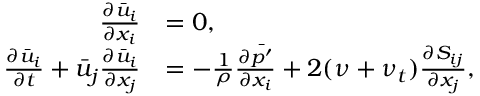
\begin{array} { r l } { \frac { \partial \bar { u } _ { i } } { \partial x _ { i } } } & { = 0 , } \\ { \frac { \partial \bar { u } _ { i } } { \partial t } + \bar { u } _ { j } \frac { \partial \bar { u } _ { i } } { \partial x _ { j } } } & { = - \frac { 1 } { \rho } \frac { \partial \bar { p ^ { \prime } } } { \partial x _ { i } } + 2 ( \nu + \nu _ { t } ) \frac { \partial S _ { i j } } { \partial x _ { j } } , } \end{array}